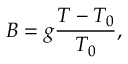
B = g \frac { T - T _ { 0 } } { T _ { 0 } } ,